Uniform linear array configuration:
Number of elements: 24
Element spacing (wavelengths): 1
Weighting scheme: cosine
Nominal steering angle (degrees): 60
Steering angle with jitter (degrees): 61.727
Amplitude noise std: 0.05
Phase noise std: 0.05

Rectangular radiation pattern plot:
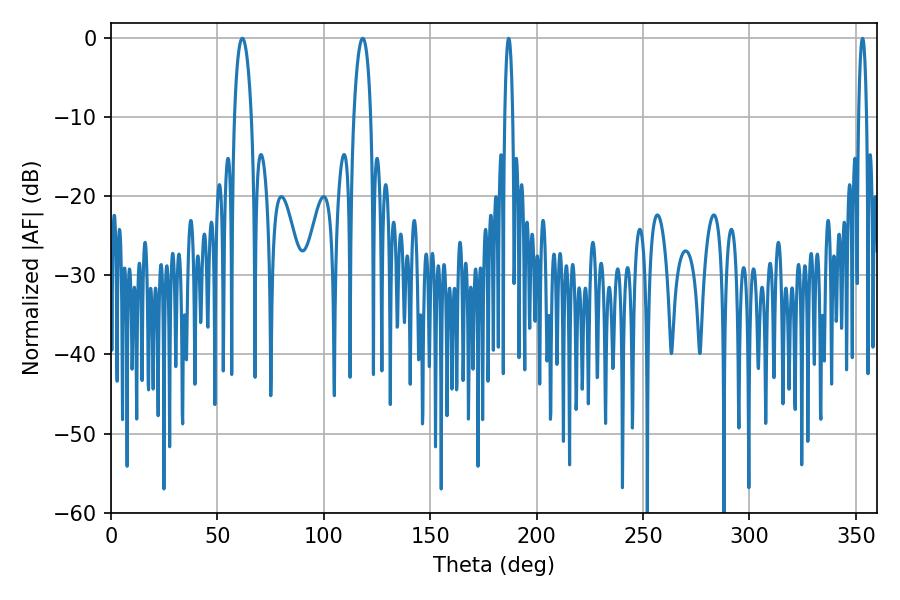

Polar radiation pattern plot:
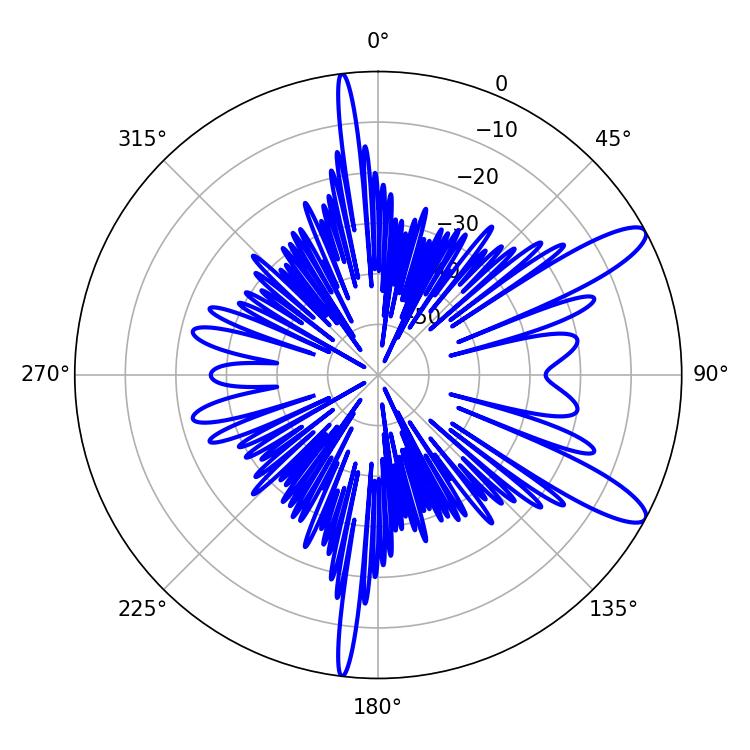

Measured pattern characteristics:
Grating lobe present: TRUE
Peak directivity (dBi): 11.391
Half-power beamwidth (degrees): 4.5
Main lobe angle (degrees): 61.74